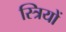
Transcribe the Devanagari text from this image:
स्‍त्रियों